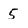
Character: 5